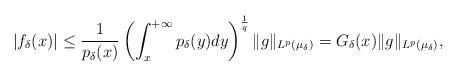
LaTeX: \begin{align*}\left| f_\delta(x) \right| \leq \frac{1}{p_\delta(x)} \left(\int_x^{+\infty} p_\delta(y) dy \right)^{\frac{1}{q}} \|g\|_{L^p(\mu_\delta)} = G_\delta(x) \|g\|_{L^p(\mu_\delta)}, \end{align*}